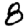
Digit: 8